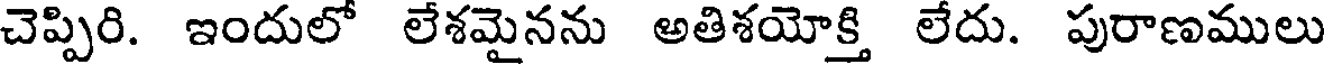
చెప్పిరి. ఇందులో లేశమైనను అతిశయోక్తి లేదు. పురాణములు